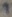
Text: 1